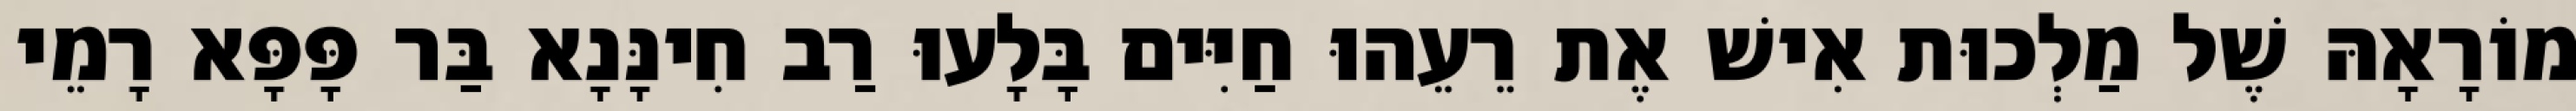
מוֹרָאָהּ שֶׁל מַלְכוּת אִישׁ אֶת רֵעֵהוּ חַיִּים בָּלָעוּ רַב חִינָּנָא בַּר פָּפָּא רָמֵי